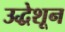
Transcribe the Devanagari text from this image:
उद्धेशून